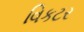
વિકટર